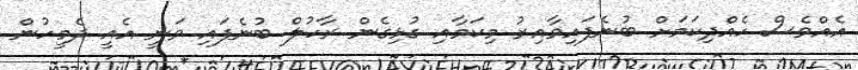
އެއްވެސް ހެއްދިކަމަށް ބުނެފައިވާއިރު މިކަމާއި ގުޅިގެން ރާހުލް ބުނެފައި ވަނީ އެއީ ދެމީހުން